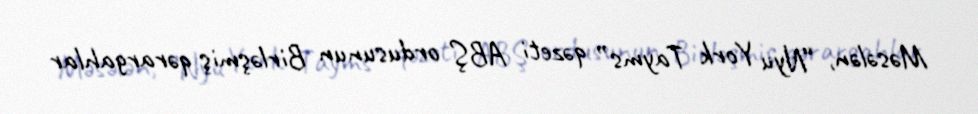
Məsələn, “Nyu York Tayms” qəzeti ABŞ ordusunun Birləşmiş qərargahlar